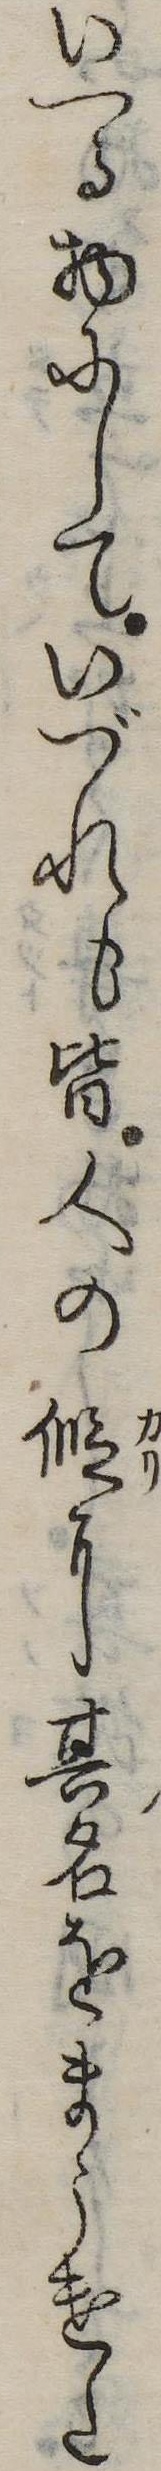
いへる物にしていづれも皆人の仮に其名をまうけた